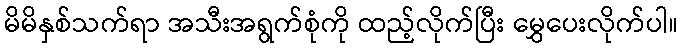
မိမိနှစ်သက်ရာ အသီးအရွက်စုံကို ထည့်လိုက်ပြီး မွှေပေးလိုက်ပါ။